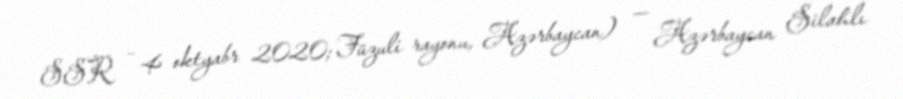
SSR – 4 oktyabr 2020; Füzuli rayonu, Azərbaycan) — Azərbaycan Silahlı